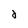
Character: d